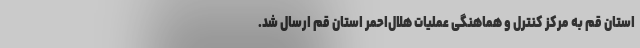
استان قم به مرکز کنترل و هماهنگی عملیات هلال‌احمر استان قم ارسال شد.